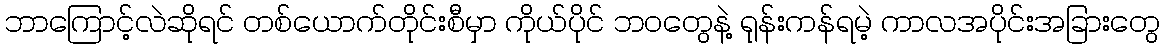
ဘာကြောင့်လဲဆိုရင် တစ်ယောက်တိုင်းစီမှာ ကိုယ်ပိုင် ဘဝတွေနဲ့ ရုန်းကန်ရမဲ့ ကာလအပိုင်းအခြားတွေ